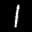
Label: 1